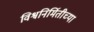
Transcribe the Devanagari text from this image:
विश्वनिर्मितीच्या